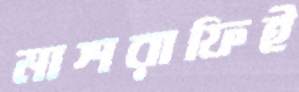
মাশরাফিই